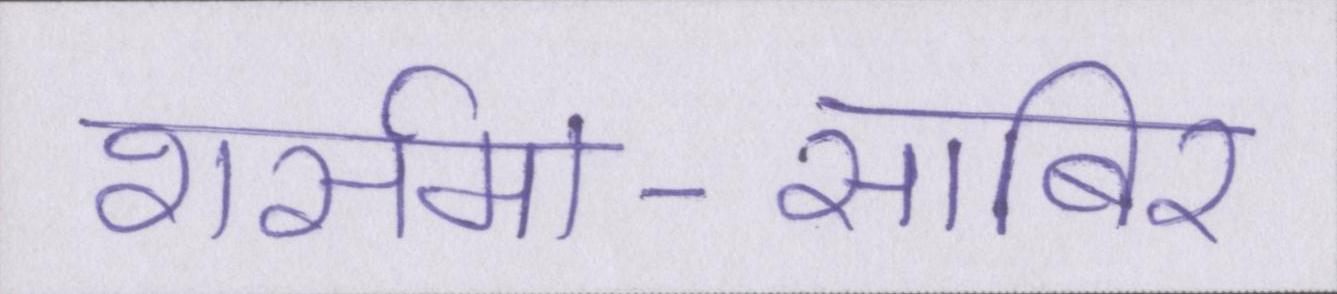
शर्समा-साबिर